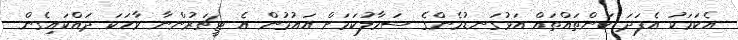
އެކަމަކު އެފަދަ ކަންތައްތައް އަޅުގަނޑުމެންގެ ސަމާލުކަމަށް އައުމުން އެ ޓީޗަރުންނާ ވާހަކަ ދައްކައިގެން